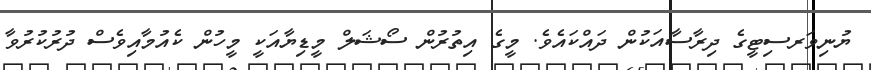
ޔުނިވަރސިޓީގެ ދިރާސާއަކުން ދައްކައެވެ. މީގެ އިތުރުން ސޯޝަލް މީޑިޔާއަކީ މީހުން ކެއުމާއިވެސް ދުރުކުރުވާ